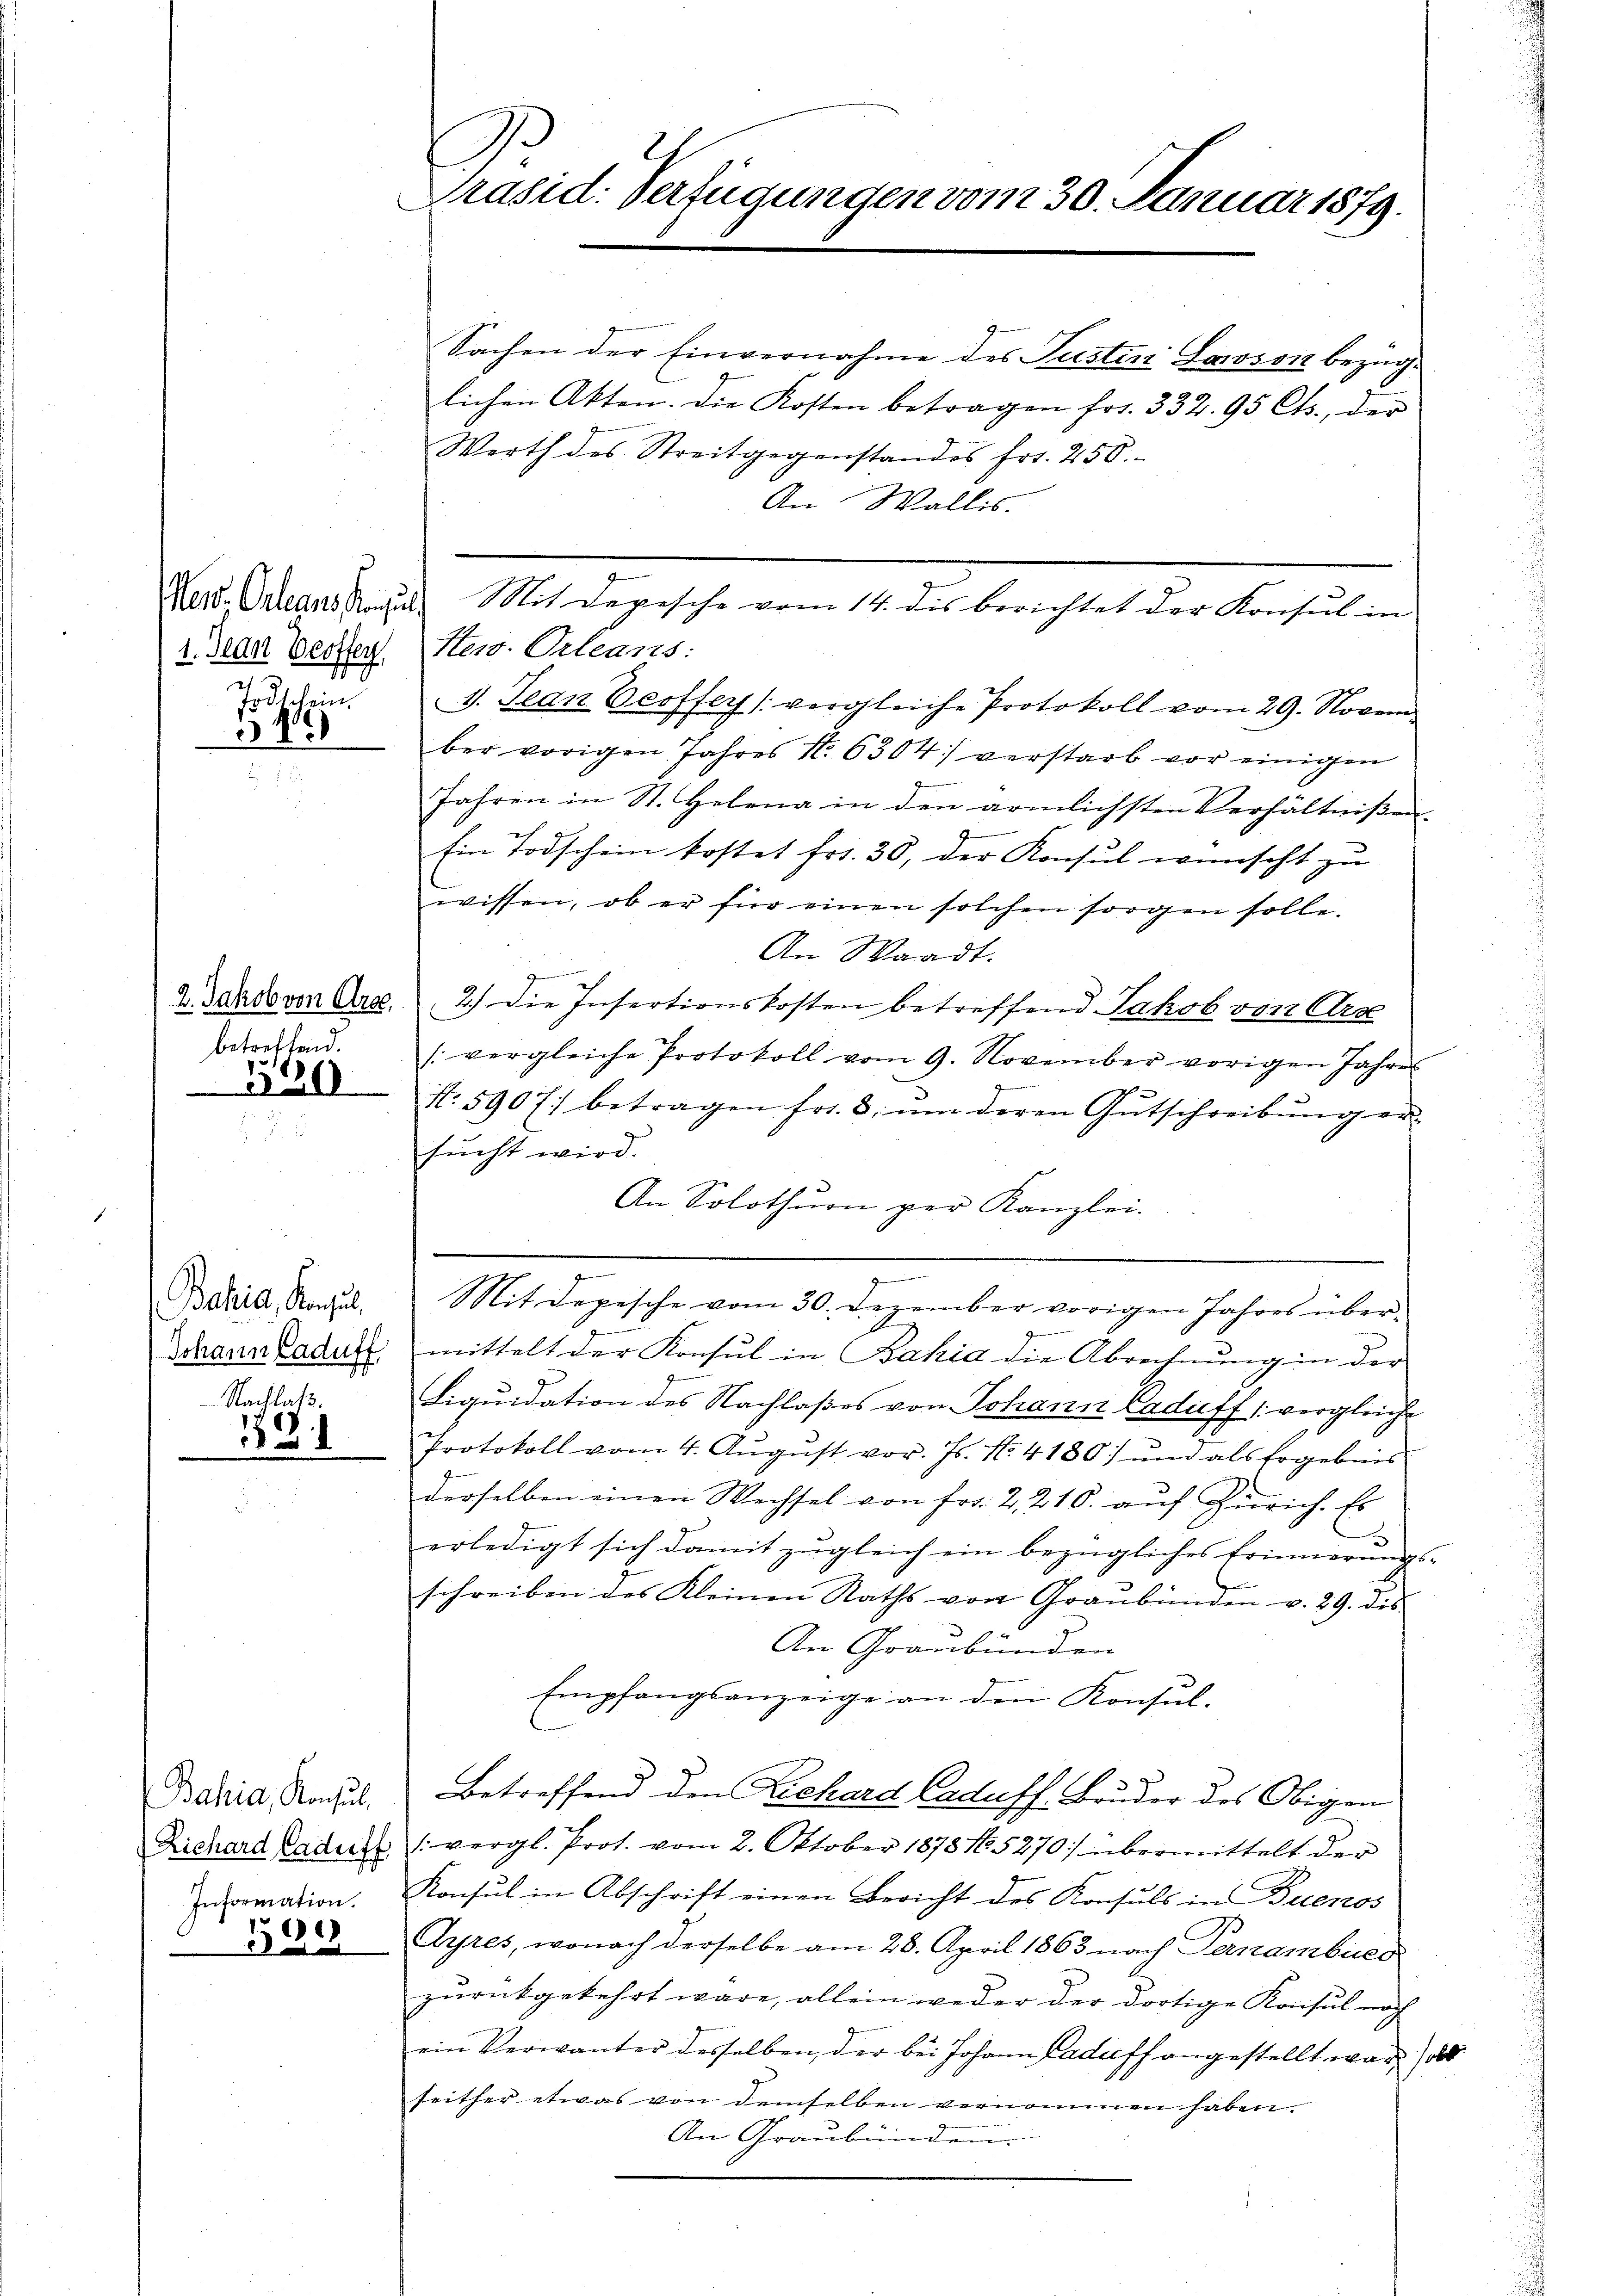
Todt sein.
312

betreffend.
330

Bahia, Konsul
Johann Caduff
Nachlaß.

181

Bahia, Konsul
Richard Caduff
Information.
399

Präsid. Verfügungen vom 30. Januar 1879.

Sachen der Einvernahme des Justin Laroson bezüglichen Akten. Die Kosten betragen frs. 332. 95 Cts., der
Werth des Streitgegenstandes Fr. 250.
An Wallis.
Nest. Orleans San Mit Depesche vom 14. dis berichtet der Konsul in
21. Jeder Verster New-Orleans:
1. Jean Geoffers vergleiche Protokoll vom 29. Novem
ber vorigen Jahres N. 6304) verstarb vor einigen
Jahren in St. Helena in den ärmlichsten Verhältnißen¬
Ein Todschein kostet Fr. 30, der Konsul wünscht zu
wissen, ob er für einen solchen sorgen solle.
An Waadt.
g
2 Sards von Art. 2.) Die Insertionskosten betreffend Jakob von Arse
(vergleiche Protokoll vom 9. November vorigen Jahres

N. 5907. betragen fr. 8. ŭm deren Gutschreibŭng er-
sŭcht wird.
An Solothurn per Kanzlei.

Mit Depesche vom 30. Dezember vorigen Jahres über-
mittelt der Konsul in Bahia die Abrechnung in der
Liquidation des Nachlaßes von Johann Laduff 1 vergleiche
Protokoll vom 4. Aŭgŭst vor. Js. No. 4180) und als Ergebnis
derselben einen Wechsel von fr. 2, 210. aŭf Zürich. Es
erledigt sich damit zŭgleich ein bezügliches Erinnerŭngs-
schreiben des Kleinen Raths von Graubünden v. 29. des
An Graubünden
Empfangsanzeige an den Konsul-
Betreffend den Richard Caduff. Bruder des Obigen
(vergl. Prot. vom 2. Oktober 187815270: übermittelt der
Konsul in Abschrift einen Bericht des Konsuls in Buenos
Ayres, wonach derselbe am 28. April 1863 nach Pernambues
zurückgekehrt wäre, allein weder der dortige Konsul noch
ein Verwanter desselben, der bei Johann Caduff angestellt war, als
seither etwas von demselben vernommen haben.
An Graubünden.